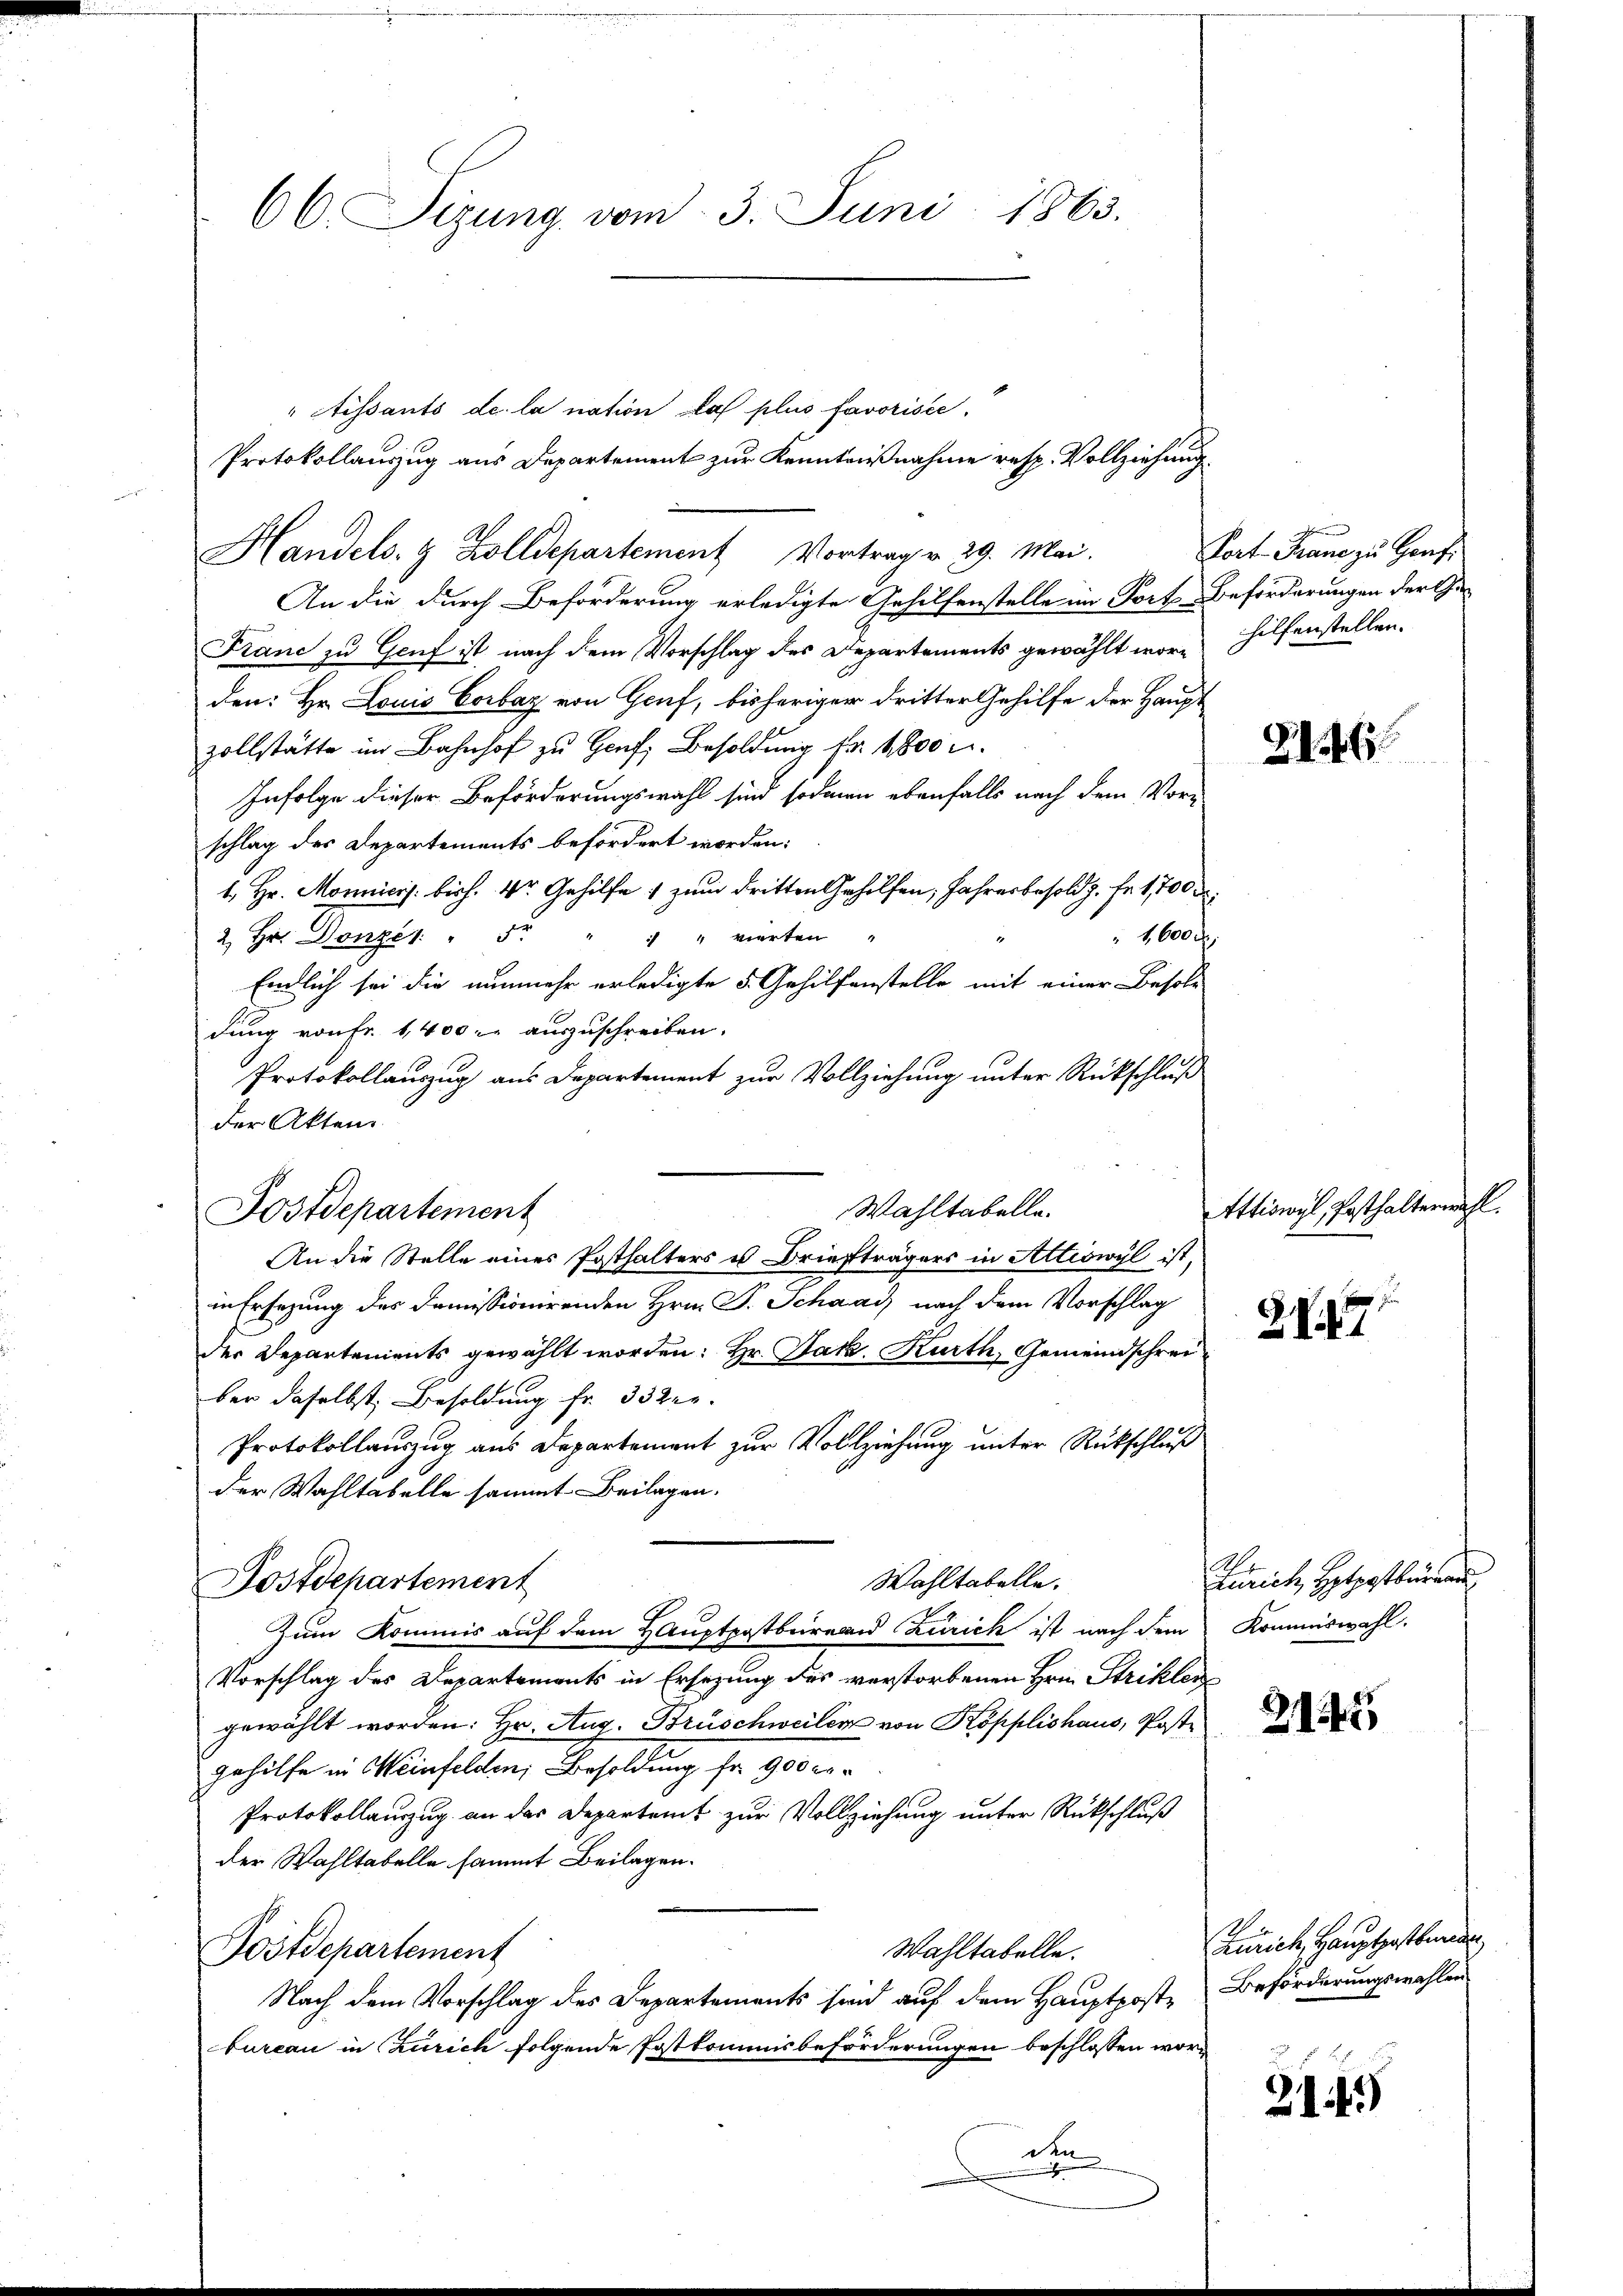
" Aissants de la nation das plus favorisce
Protokollauszug aus Departement zur Kenntnißnahme resp. Vollziehung
Handels- & Zolldepartement Vortrag v. 29. Mai.
An die durch Beförderung erledigte Gehilfenstelle im Forts Beförderungen der Ge¬
Franc zu Genf ist nach dem Vorschlag des Departements gewählt wor- Hilfenstellen.
den: Hr. Louis Corbaz von Genf, bisheriger dritter Gehilfe der Haupt
zollstätte im Bahnhof zu Genf, Besoldung fr. 1800 u.
Infolge dieser Beförderungswahl sind sodann ebenfalls nach dem Vorschlag des Departements befördert worden:
1. Hr. Monniess: bisch. 1r Gehilfe 1 zum dritten Gehilfen, Jahresbesold g. Fr. 1,700 r
1,600
2 Hr. Donzer: " 5. " " " vierten "
Endlich sei die nunmehr erledigte 5. Gehilfenstelle mit einer Besold
dung von Fr. 1,400 l. auszuschreiben.
Protokollauszug aus Departement zur Vollziehung unter Rückschluß
der Akten.
An die Stelle eines Posthalters u Briefträgers in Attiswyl ist,
in Ersezung des Domissionirenden Hrn. P. Schaad, nach dem Vorschlag
der Departements gewählt worden: Hr. Jak. Kurth, Gemeindschreiber daselbst Besoldung fr. 33 der
Protokollauszug aus Departement zur Vollziehung unter Rückschluß
der Wahltabelle sammt. Beilagen.
Wahltabelle.
Postdepartement
Zum Kommis auf dem Hauptpostbureau Zürich ist nach dem Kommiswahl.
Vorschlag des Departements in Ersezung des verstorbenen Hrn. Striklen
gewählt worden: Hr. Aug. Brüschweiler von Kopplishaus, Postgehilfe in Weinfelden, Besoldung fr. 900 er
Protokollauszug an der Departeit zur Vollziehung unter Rückschluß
der Wahltabelle sammt Beilagen.
Postdepartement
Wahltabelle.
Nach dem Vorschlag des Departements sind auf dem Hauptposte Beförderungswahlen
bureau in Zürich folgende Postkommisbeförderungen beschlossen worden

66. Sizung vom 3. Juni 1863.

Postdepartement

Wahltabelle.

Port-Trane zu Haus

Attiswyl, Posthalterwahl.

2146

2117

Zürich, Hetpostkurand

2115

Zürich, Hauptgestande

2115)